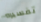
تفسيره